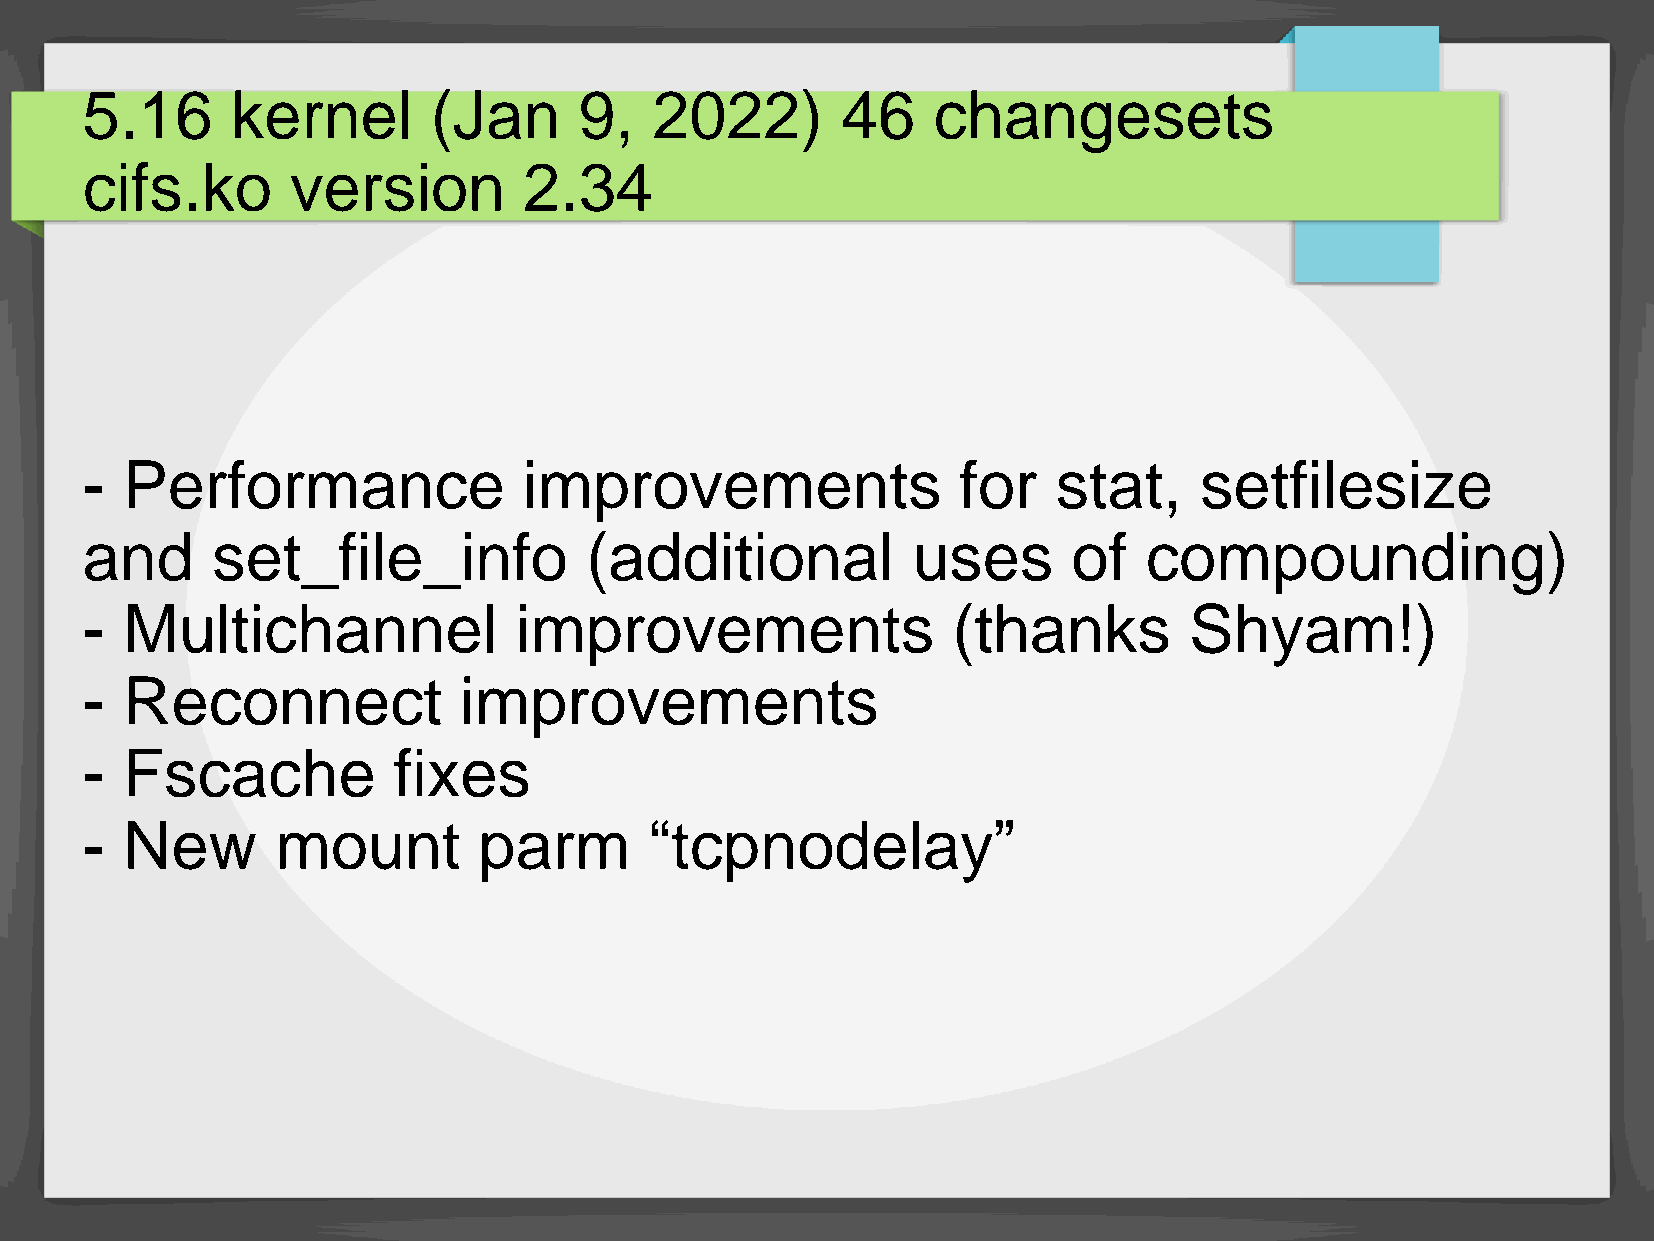
5.16      kernel       (Jan      9,   2022)        46    changesets
 cifs.ko       version         2.34
 -  Performance                improvements                 for   stat,    setfilesize
 and      set_file_info            (additional          uses       of   compounding)
 -  Multichannel              improvements                 (thanks         Shyam!)
 -  Reconnect             improvements
 -  Fscache           fixes
 -  New       mount         parm       “tcpnodelay”